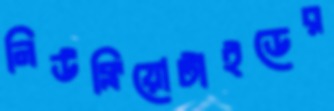
নিউক্লিয়োটাইডের